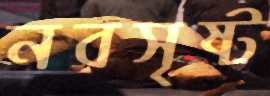
নবসৃষ্ট